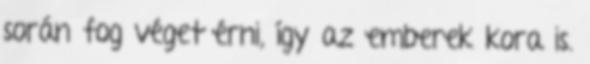
során fog véget érni, így az emberek kora is.